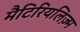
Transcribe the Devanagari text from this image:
मैटिरियलिज़्म